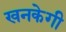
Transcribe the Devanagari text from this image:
खनकेगी